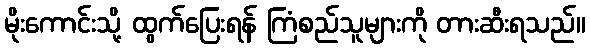
မိုးကောင်းသို့ ထွက်ပြေးရန် ကြံစည်သူများကို တားဆီးရသည်။